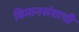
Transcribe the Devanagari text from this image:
विमानसंघाची